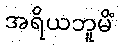
အရိယဘူမိံ